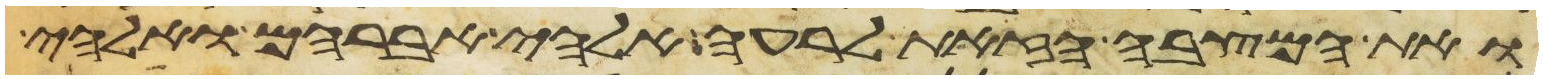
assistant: ואת המצבה הזאת לרעה אלהי אברהם ואלהי